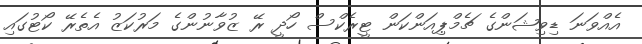
އެއްވަނަ ޑިވިޝަންގެ ޗެމްޕިއަންކަން ޓީރެކްސް ހޯދީ ރޭ ޒުވާނުންގެ މަރުކަޒު އެތެރޭ ކޯޓުގައި